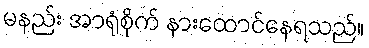
မနည်း အာရုံစိုက် နားထောင်နေရသည်။